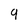
Character: 9